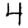
Digit: 4